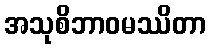
အသုစိဘာဝမဿိတာ